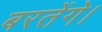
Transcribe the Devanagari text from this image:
बरतेंगे।